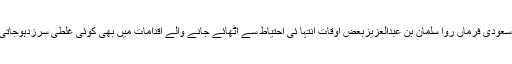
جب سعودی فرماں روا سلمان بن عبدالعزیزبعض اوقات انتہا ئی احتیاط سے اٹھائے جانے والے اقدامات میں بھی کوئی غلطی سرزدہوجاتی ہے۔